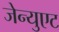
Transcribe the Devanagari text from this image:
जेन्युएट